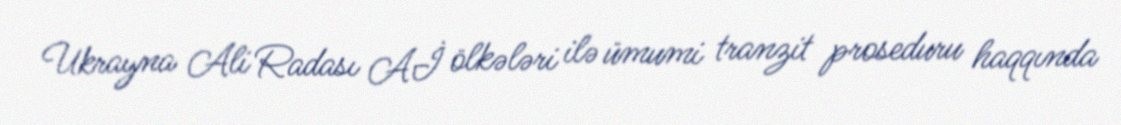
Ukrayna Ali Radası Aİ ölkələri ilə ümumi tranzit proseduru haqqında